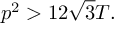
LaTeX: p ^ { 2 } > 1 2 { \sqrt { 3 } } T .